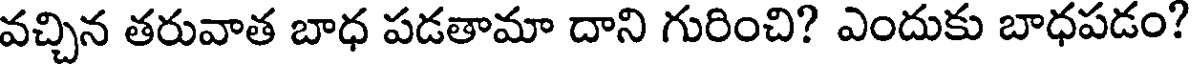
వచ్చిన తరువాత బాధ పడతామా దాని గురించి? ఎందుకు బాధపడం?